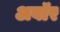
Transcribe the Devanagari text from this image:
अबॉर